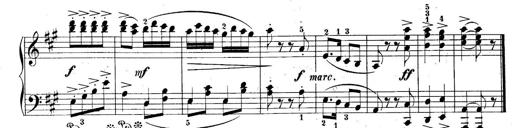
Title: 10 Sonatines progressives
Composer: Anton Schmoll